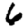
Digit: 6